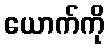
ယောက်ကို